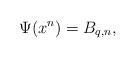
LaTeX: \begin{align*} \Psi(x^n) = B_{q,n},\end{align*}